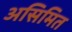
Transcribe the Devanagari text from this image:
असिमित